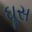
ઘૂસ